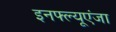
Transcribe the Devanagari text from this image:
इनफ्ल्यूएंजा